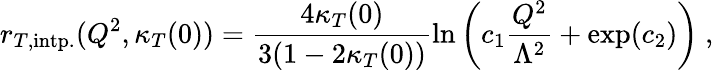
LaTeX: r_{T,\mathrm{intp.}}(Q^{2},\kappa_{T}(0))=\frac{4\kappa_{T}(0)}{3(1-2\kappa_{T}(0))}\ln\left(c_{1}\frac{Q^{2}}{\Lambda^{2}}+\exp(c_{2})\right)\ ,